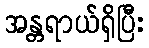
အန္တရာယ်ရှိပြီး